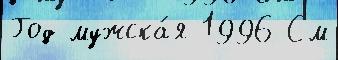
Год мужска́я 1996 См